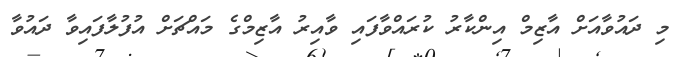
މި ދައުވާއަށް އާޒިމް އިންކާރު ކުރައްވާފައި ވާއިރު އާޒިމްގެ މައްޗަށް އުފުލާފައިވާ ދައުވާ